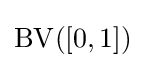
\operatorname {\operatorname {BV} } ([0,1])